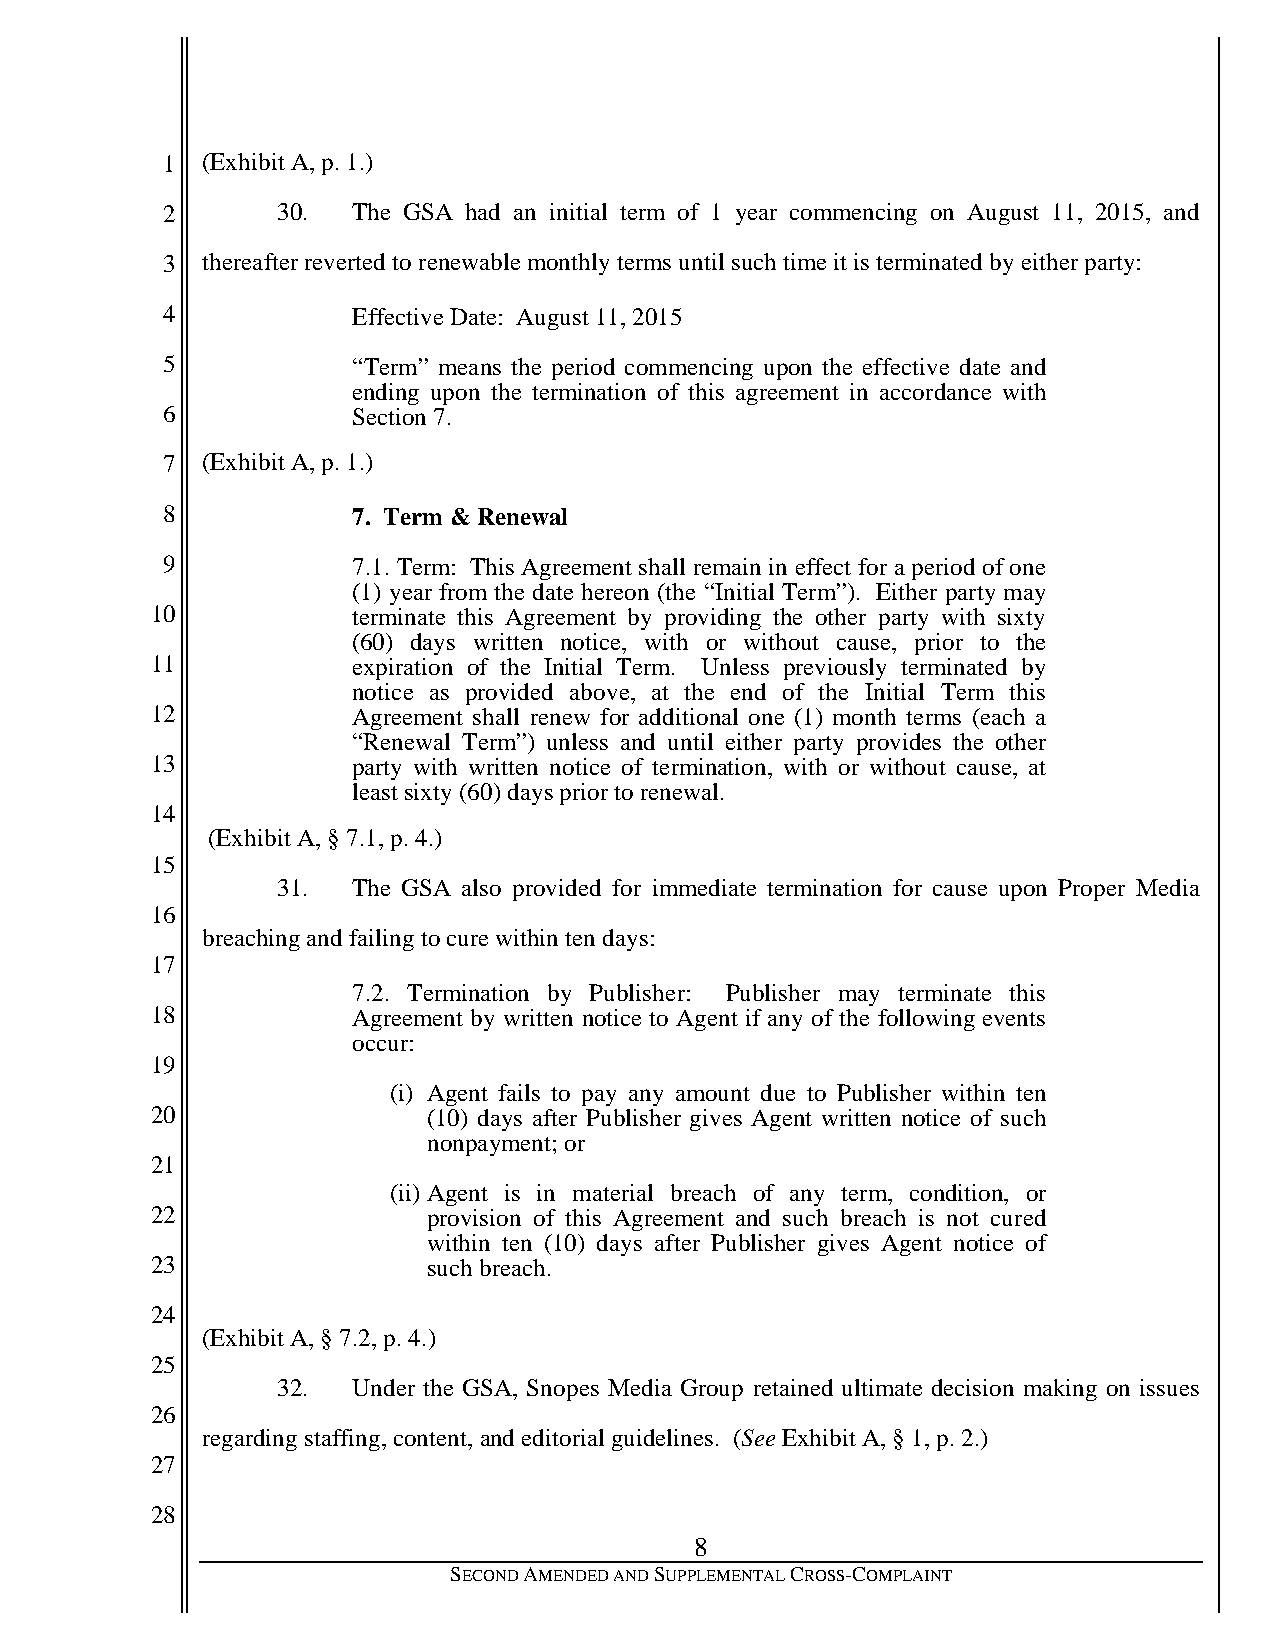
1 (Exhibit A, p. 1.)
 2      30.  The GSA had an initial term of 1 year commencing on August 11, 2015, and
 3 thereafter reverted to renewable monthly terms until such time it is terminated by either party:
 4           Effective Date: August 11, 2015
 5           “Term” means the period commencing upon the effective date and
 ending upon the termination of this agreement in accordance with
 6           Section 7.
 7 (Exhibit A, p. 1.)
 8           7. Term & Renewal
 9           7.1. Term: This Agreement shall remain in effect for a period of one
 (1) year from the date hereon (the “Initial Term”). Either party may
 10           terminate this Agreement by providing the other party with sixty
 (60) days written notice, with or without cause, prior to the
 11           expiration of the Initial Term. Unless previously terminated by
 notice as provided above, at the end of the Initial Term this
 12           Agreement shall renew for additional one (1) month terms (each a
 “Renewal Term”) unless and until either party provides the other
 13           party with written notice of termination, with or without cause, at
 least sixty (60) days prior to renewal.
 14
 (Exhibit A, § 7.1, p. 4.)
 15
 31.  The GSA also provided for immediate termination for cause upon Proper Media
 16
 breaching and failing to cure within ten days:
 17
 7.2. Termination by Publisher: Publisher may terminate this
 18           Agreement by written notice to Agent if any of the following events
 occur:
 19
 (i) Agent fails to pay any amount due to Publisher within ten
 20                (10) days after Publisher gives Agent written notice of such
 nonpayment; or
 21
 (ii) Agent is in material breach of any term, condition, or
 22                provision of this Agreement and such breach is not cured
 within ten (10) days after Publisher gives Agent notice of
 23                such breach.
 24
 (Exhibit A, § 7.2, p. 4.)
 25
 32.  Under the GSA, Snopes Media Group retained ultimate decision making on issues
 26
 regarding staffing, content, and editorial guidelines. (See Exhibit A, § 1, p. 2.)
 27
 28
 8
 SECOND AMENDED AND SUPPLEMENTAL CROSS-COMPLAINT